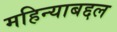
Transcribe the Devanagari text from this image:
महिन्याबद्दल